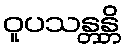
ဝူပသန္တန္တိ